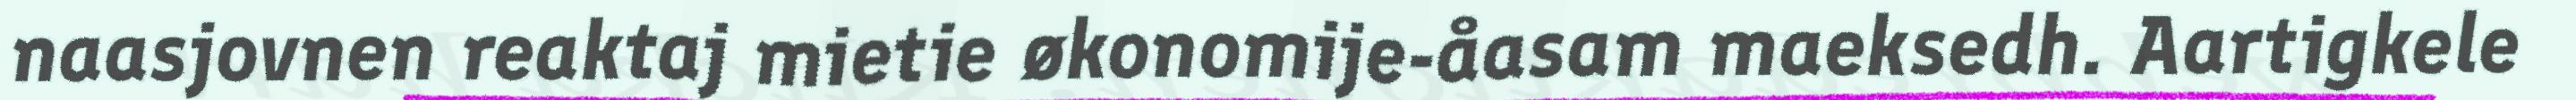
naasjovnen reaktaj mietie økonomije-åasam maeksedh. Aartigkele